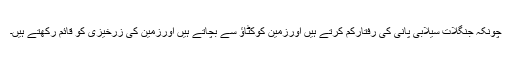
چونکہ جنگلات سیلابی پانی کی رفتارکم کرتے ہیں اورزمین کوکٹاؤ سے بچاتے ہیں اورزمین کی زرخیزی کو قائم رکھتے ہیں۔